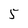
Character: 5